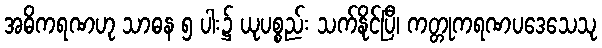
အဓိကရဏဟု သာဓန ၅ ပါး၌ ယုပစ္စည်း သက်နိုင်ပြီ၊ ကတ္တုကရဏပဒေသေသု